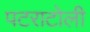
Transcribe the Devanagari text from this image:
पटराटोली